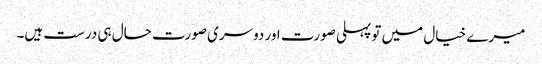
میرے خیال میں تو پہلی صورت اور دوسری صورت حال ہی درست ہیں۔